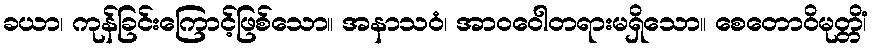
ခယာ၊ ကုန်ခြင်းကြောင့်ဖြစ်သော။ အနာသဝံ၊ အာဝဝေါတရားမရှိသော။ စေတောဝိမုတ္တိံ၊